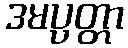
ဒမပ္ပတ္တာ